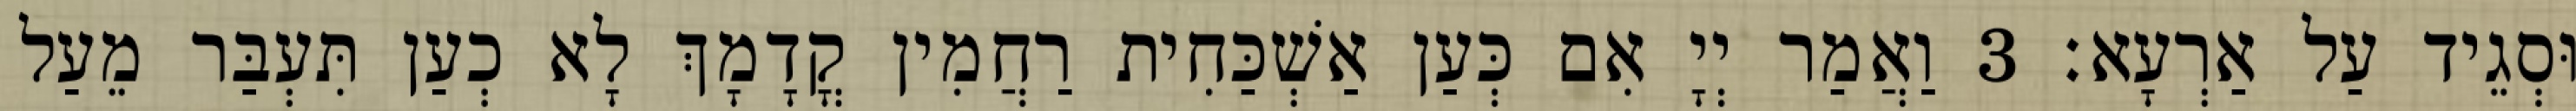
וּסְגֵיד עַל אַרְעָא׃ 3 וַאֲמַר יְיָ אִם כְּעַן אַשְׁכַּחִית רַחֲמִין קֳדָמָךְ לָא כְעַן תִּעְבַּר מֵעַל